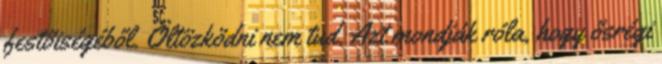
festőiségéből. Öltözködni nem tud. Azt mondják róla, hogy ősrégi